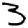
Digit: 3